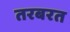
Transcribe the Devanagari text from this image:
तरबरत